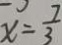
x = \frac { 7 } { 3 }